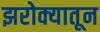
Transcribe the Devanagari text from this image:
झरोक्यातून